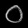
Digit: ၀